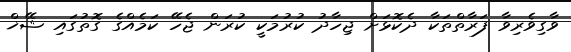
ވާގިވެރިވާ ފަރާތްތަކާ ދެކޮޅަށް ޖިހާދު ކުރުމަކީ ކުރަން ޖެހޭ ކަމެއްގެ ގޮތުގައި ޝޭޚް